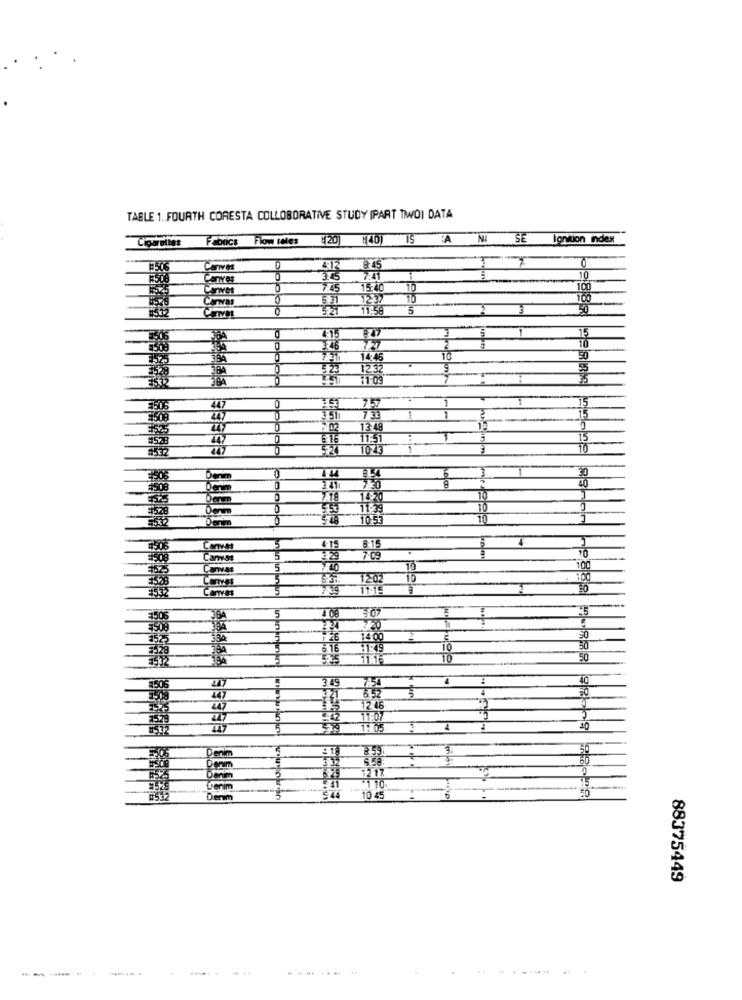
TABLE 1 ., FOURTH CORESTA COLLOBORATIVE STUDY [PART TWO) DATA
Fabrics Flow teles (20) 140) IS A NI SE lannion index
Cigarettes
Canves
412
1
0
3.45
Carver
15:40
0
1237
11-59
5
2
4.15
7505
747
0
757
lololololol
TOZA
30
40
7.78
11:39
TO
10
Carmen
709
10
5
10
100
10
3.49
506
1246
Denim
3
10 45
88375449
---
..........